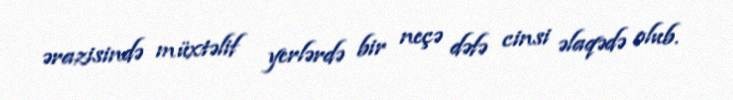
ərazisində müxtəlif yerlərdə bir neçə dəfə cinsi əlaqədə olub.